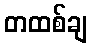
တထစ်ချ